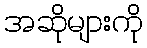
အဆိုများကို